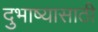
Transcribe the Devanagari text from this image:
दुभाष्यासाठी